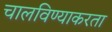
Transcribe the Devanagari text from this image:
चालविण्याकरता